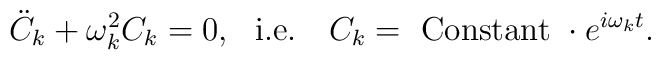
{\ddot C}_k + \omega _k^2 C_k = 0, ~~{\rm i.e.}~~~ C_k = ~{\rm Constant}~\cdot  e^{i\omega _k t}.